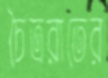
চৈত্ররাতের